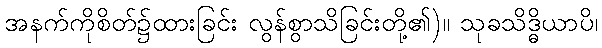
အနက်ကိုစိတ်၌ထားခြင်း လွန်စွာသိခြင်းတို့၏)။ သုခသိဒ္ဓိယာပိ၊